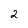
Character: 2